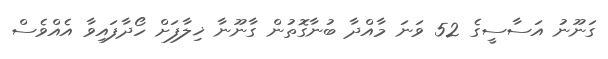
ގަނޫނު އަސާސީގެ 52 ވަނަ މާއްދާ ބުނާގޮތުން ގާނޫނާ ޚިލާފަށް ހޯދާފައިވާ އެއްވެސް